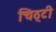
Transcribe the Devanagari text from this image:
चिठ्टी